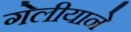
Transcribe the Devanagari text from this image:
गेलीयाने